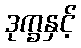
ဒုက္ခနှင့်